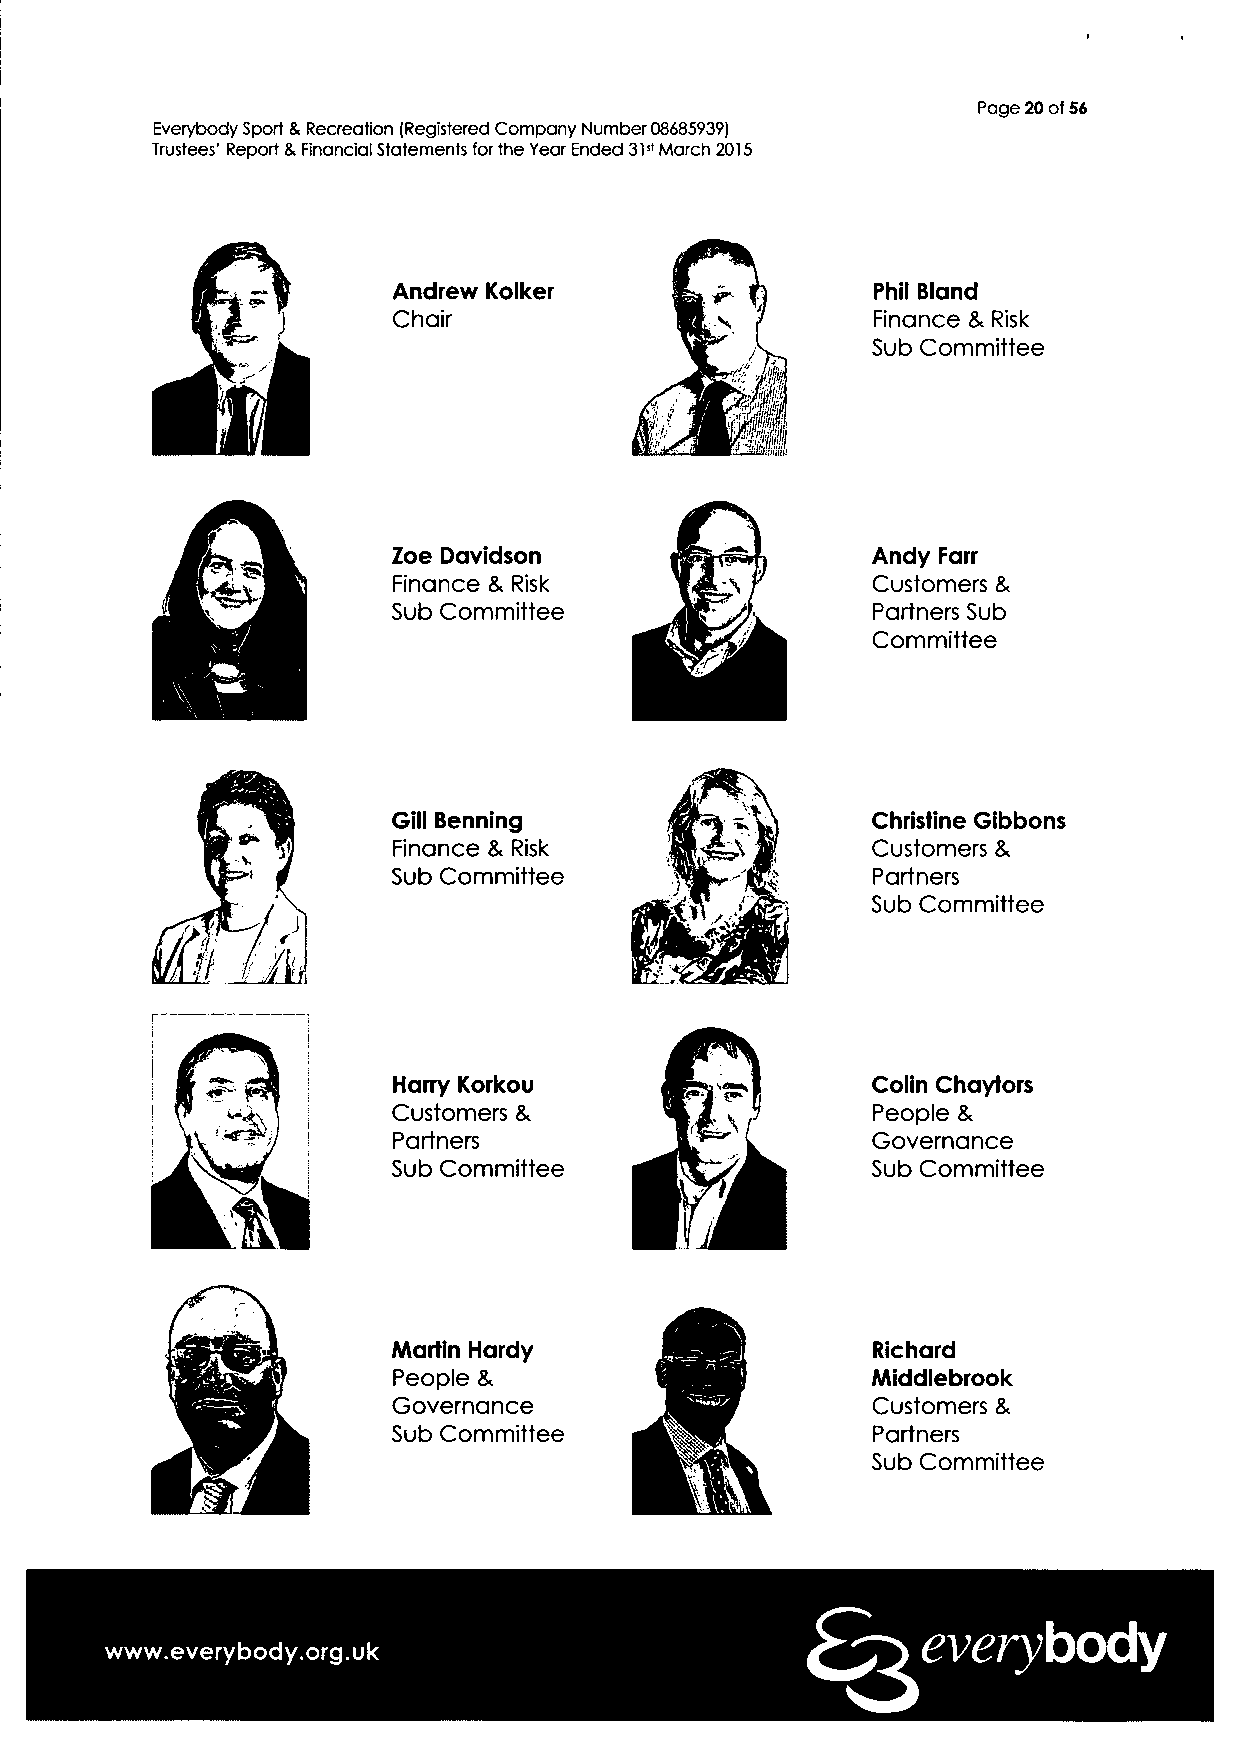
Page 20 of 56
 Everybody Sport & Recreation (Registered Company Number 08685939)
 Trustees' Report & Financial Statements for the Year Ended 31st March 2015
 Andrew Kolker                   Phil Bland
 Chair                           Finance & Risk
 Sub Committee
 M
 Zoe Davidson                    Andy Farr
 Finance & Risk                  Customers &
 Sub Committee      m            Partners Sub
 Committee
 m
 Gill Benning                    Christine Gibbons
 Finance & Risk                  Customers &
 Sub Committee                   Partners
 Sub Committee
 Harry Korkou                    Colin Chaytors
 Customers &                     People &
 Partners                        Governance
 Sub Committee                   Sub Committee
 Martin Hardy                    Richard
 People &                        Middlebrook
 Governance                      Customers &
 i  f?
 Sub Committee                   Partners
 Sub Committee
 everybody
 www.everybody.org.uk